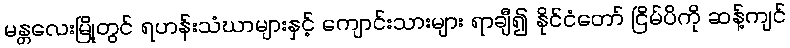
မန္တလေးမြို့တွင် ရဟန်းသံဃာများနှင့် ကျောင်းသားများ ရာချီ၍ နိုင်ငံတော် ငြိမ်ပိကို ဆန့်ကျင်